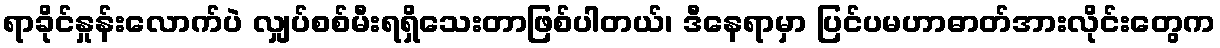
ရာခိုင်နှုန်းလောက်ပဲ လျှပ်စစ်မီးရရှိသေးတာဖြစ်ပါတယ်၊ ဒီနေရာမှာ ပြင်ပမဟာဓာတ်အားလိုင်းတွေက